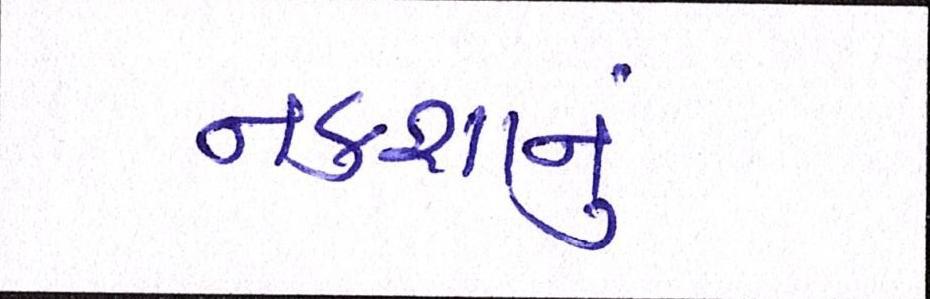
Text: નકશાનું